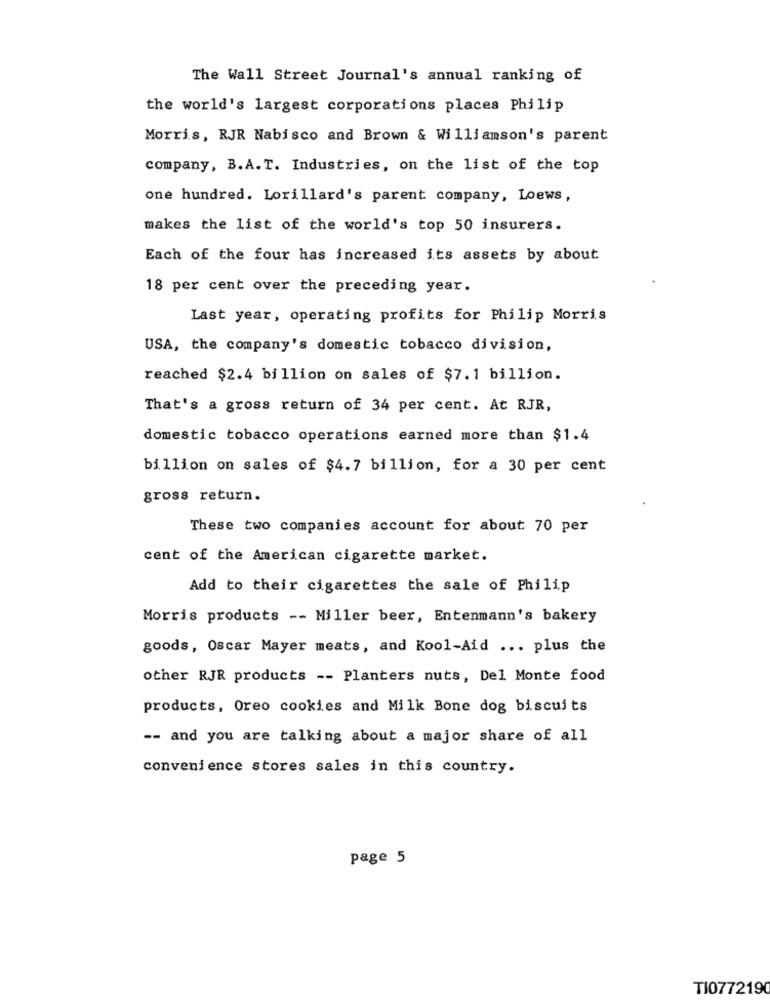
The Wall Street Journal's annual ranking of
the world's largest corporations places Philip
Morris, RJR Nabisco and Brown & Williamson's parent
company, B.A.T. Industries, on the list of the top
one hundred. Lorillard's parent company, Loews,
makes the list of the world's top 50 insurers.
Each of the four has increased its assets by about
18 per cent over the preceding year.
Last year, operating profits for Philip Morris
USA, the company's domestic tobacco division,
reached $2.4 billion on sales of $7.1 billion.
That's a gross return of 34 per cent. At RJR,
domestic tobacco operations earned more than $1.4
billion on sales of $4.7 billion, for a 30 per cent
gross return.
These two companies account for about 70 per
cent of the American cigarette market.
Add to their cigarettes the sale of Philip
Morris products -- Miller beer, Entenmann's bakery
goods, Oscar Mayer meats, and Kool-Aid ... plus the
other RJR products -- Planters nuts, Del Monte food
products, Oreo cookies and Milk Bone dog biscuits
-- and you are talking about a major share of all
convenience stores sales in this country.
page 5
TI0772190